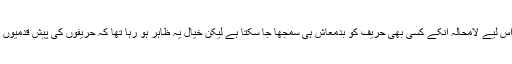
چونکہ انکے مطابق وہ شریف تھے اس لیے لامحالہ انکے کسی بھی حریف کو بدمعاش ہی سمجھا جا سکتا ہے لیکن خیال یہ ظاہر ہو رہا تھا کہ حریفوں کی پیش قدمیوں میں کوئی شریف بھی شامل حال ہے۔